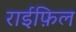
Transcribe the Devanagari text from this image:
राईफ़िल